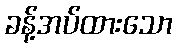
ခန့်အပ်ထားသော